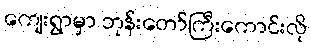
ကျေးရွာမှာ ဘုန်းတော်ကြီးကောင်းလို